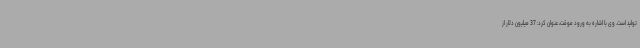
تولید است. وی با اشاره به ورود موقت، عنوان کرد: 37 میلیون دلار از